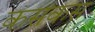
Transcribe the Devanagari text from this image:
कसकस